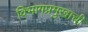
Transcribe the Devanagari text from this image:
विभागप्रमुखाची